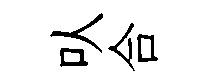
㕥合